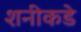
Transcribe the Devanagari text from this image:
शनीकडे